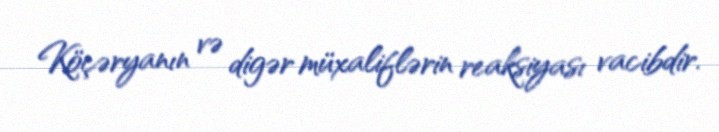
Köçəryanın və digər müxaliflərin reaksiyası vacibdir.